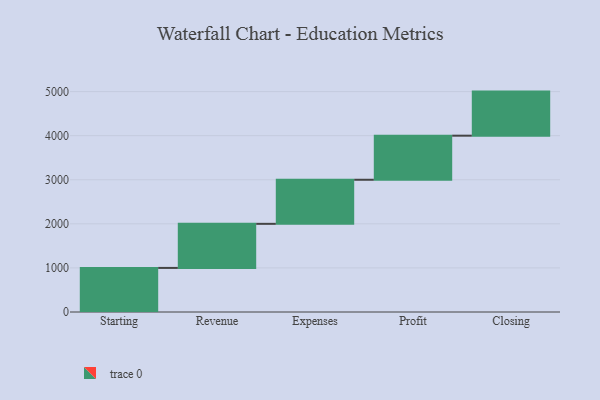
{"axis": {"x": "Step", "y": "Value"}, "legend": [""], "data": [{"x": "Starting", "y": 1000, "type": ""}, {"x": "Revenue", "y": 1000, "type": ""}, {"x": "Expenses", "y": 1000, "type": ""}, {"x": "Profit", "y": 1000, "type": ""}, {"x": "Closing", "y": 1000, "type": ""}]}